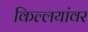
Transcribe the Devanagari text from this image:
किल्लयांवर